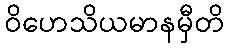
ဝိဟေသိယမာနမှီတိ